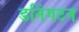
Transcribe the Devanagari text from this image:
डनिंगटन